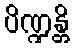
ပိဏ္ဍန္တိ